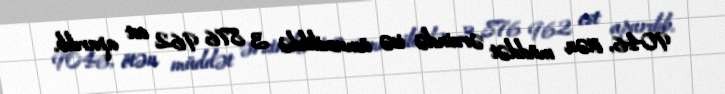
9046, ötən müddət ərzində isə ümumilikdə 3 876 962 est aparılıb.